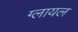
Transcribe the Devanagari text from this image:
ग्लायल